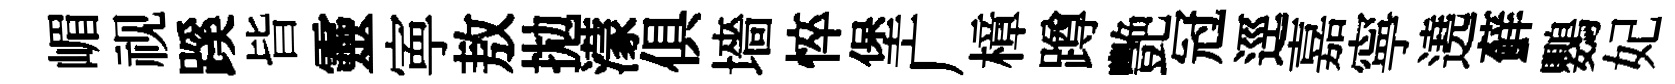
嵋视蹊𣅜靈寕敖拋濛俱墻悴堡广樟蹲艷冠逕嘉寧遶蘚鸚妃